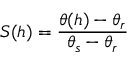
S ( h ) = \frac { \theta ( h ) - \theta _ { r } } { \theta _ { s } - \theta _ { r } }